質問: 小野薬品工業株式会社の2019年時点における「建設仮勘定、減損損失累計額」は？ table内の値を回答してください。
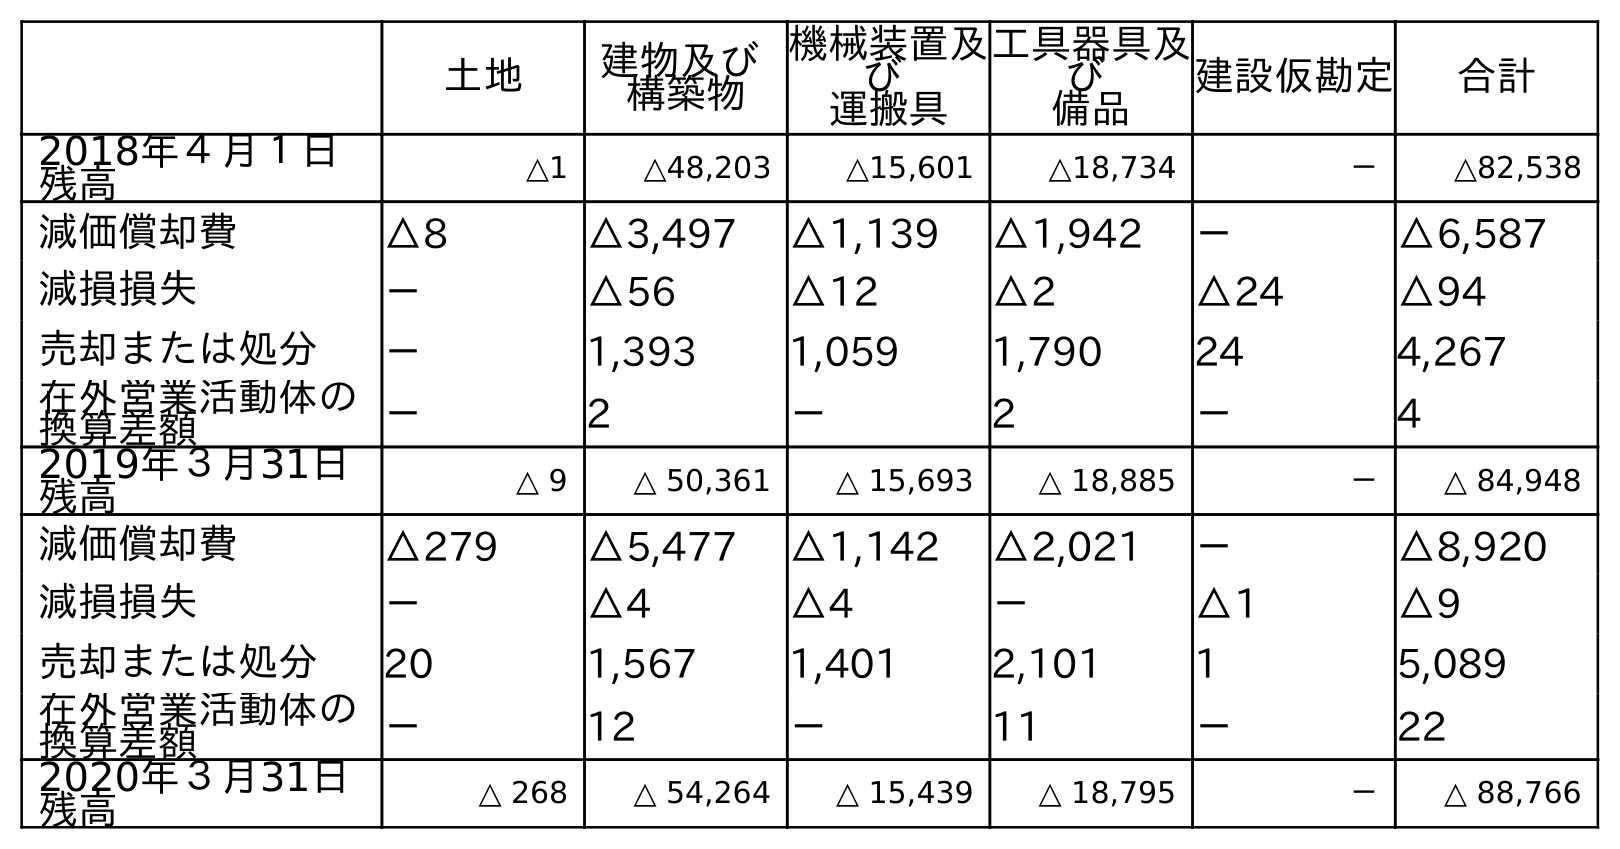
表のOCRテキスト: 土地 建物及び 構築物 機械装置及 び 運搬具 工具器具及 び 備品 建設仮勘定 合計 2018年４月１日 残高 △1 △48,203 △15,601 △18,734 － △82,538 減価償却費 △8 △3,497 △1,139 △1,942 － △6,587 減損損失 － △56 △12 △2 △24 △94 売却または処分 － 1,393 1,059 1,790 24 4,267 在外営業活動体の 換算差額 － 2 － 2 － 4 2019年３月31日 残高 △ 9 △ 50,361 △ 15,693 △ 18,885 － △ 84,948 減価償却費 △279 △5,477 △1,142 △2,021 － △8,920 減損損失 － △4 △4 － △1 △9 売却または処分 20 1,567 1,401 2,101 1 5,089 在外営業活動体の 換算差額 － 12 － 11 － 22 2020年３月31日 残高 △ 268 △ 54,264 △ 15,439 △ 18,795 － △ 88,766
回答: －